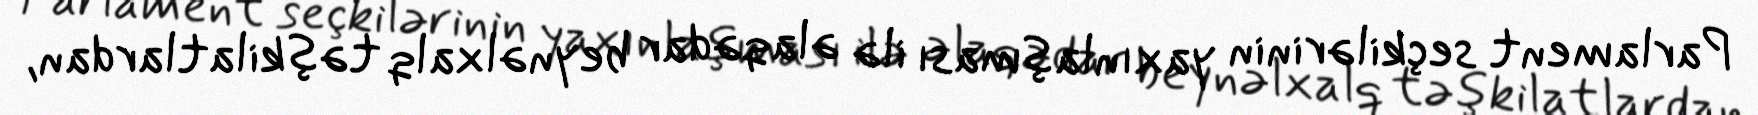
Parlament seçkilərinin yaxınlaşması ilə əlaqədar beynəlxalq təşkilatlardan,